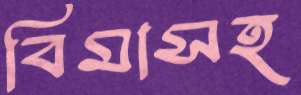
বিমাসহ